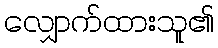
လျှောက်ထားသူ၏